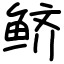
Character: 鲚